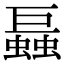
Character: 螶